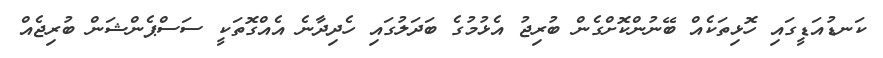
ކަނޑުއަޑީގައި ހޮޅިތަކެއް ބޭނުންކޮށްގެން ބުރިޖު އެޅުމުގެ ބަދަލުގައި ހެދިދާނެ އެއްގޮތަކީ ސަސްޕެންޝަން ބުރިޖެއް